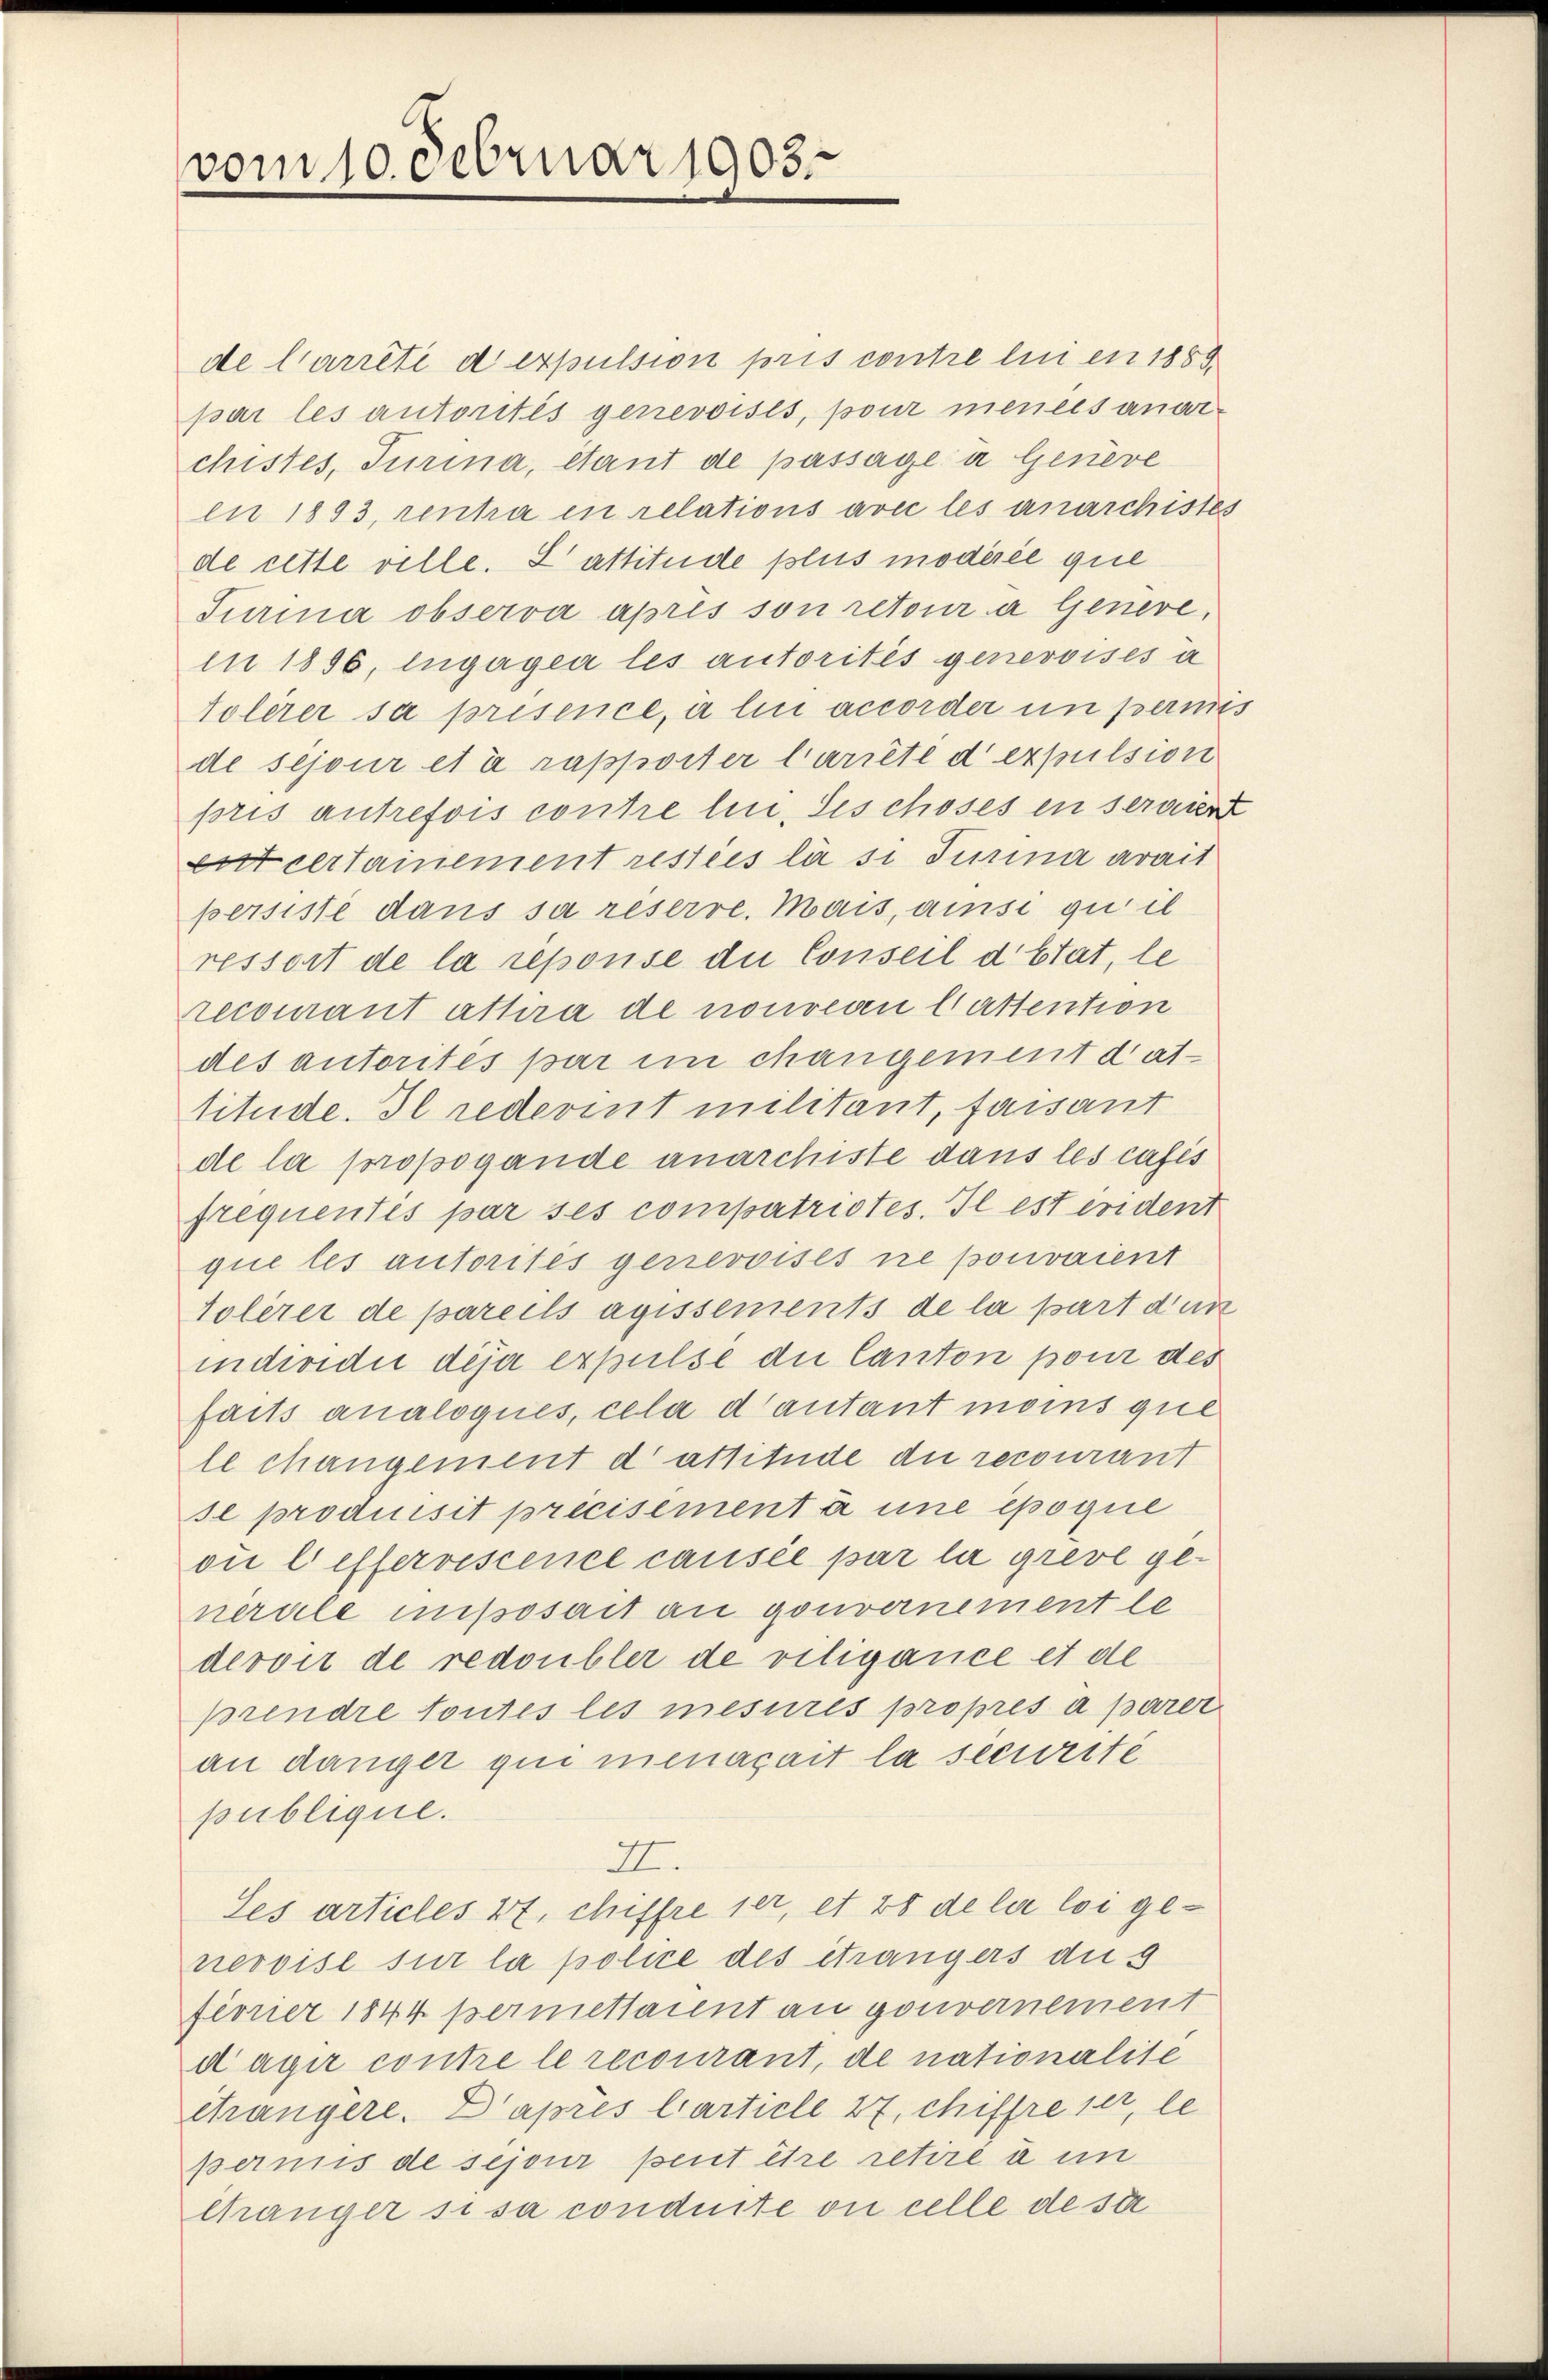
vom 10. Februar 1903

de Carrête d expulsion pris contre lui en 1883.
par les autorités genevoisés, pour mences angechistes, Turina, étant de passagen Geneve
en 1893, rentra in relations avec les anarchistes
de cette ville. L attitüde plus modérée que
Turina observa apris son retour a Genere,
in 1856, engagen les autorités genevoises a
tolerer sa prisence, à lui accorder in permis
de sejour et à rapporter Carrête d expulsion
pris autrefois contre lin, des choses en seraient
ent certamement resties la si Turina arait
persisté dans sa reserre. Mais, ansi quil
ressort de la reponse die Conseil d’Etat, le
recourant attira de nouvean Cattention
des autorites par im changement dat
titude. Il redevint militant, faisant
de la propogande anarchiste dans les casis
frequentis par ses compatristes. Il est evident
que les autorités genevoises ne pouvaient
Tolerer de pareils agissements de la part dur
individui déjà expulse die Canton pour des
faits analoqués, cela d’autant moins que
le changement dastitude die recourant
se produisit précisement à une époque
oi l effervescence causée par la grevé generale insosait an gouvernement le
devoir de redoubler de viligance et de
prendre toutes les mesures propres à parer
an danger qui menagait la securité
publique.
I.
Ses articles 27, chiffre 1er, et 28 de la loi genevoise sur la police des étrangers die g
fiorier 1844 permettaient an gouvernement
dagir contre le recourant, de nationalité
étrangère. Daprès larticle 27, chiffre sei, le
permis de séjour peut être retire à in
Gänger si sa conduite ou celle de sie